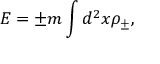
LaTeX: E = \pm m \int d ^ { 2 } x { \rho } _ { \pm } ,